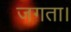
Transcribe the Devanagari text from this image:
जगता।